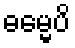
ဓမ္မေပိ